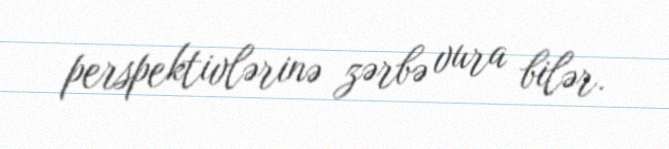
perspektivlərinə zərbə vura bilər.